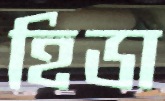
হিডা